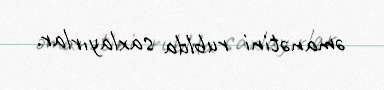
əmanətini rublda saxlayırlar.